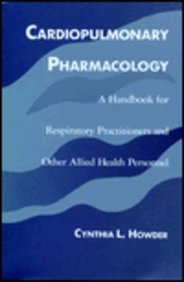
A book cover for Cardiopulmonary Pharmacology: A Handbook for Respiratory Practitioners and Other Allied Health Personnel; Cynthia L. Howder; Medical Books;